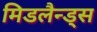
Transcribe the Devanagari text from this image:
मिडलैन्ड्स